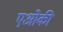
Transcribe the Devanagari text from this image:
एओकी